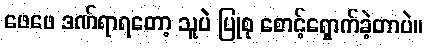
ဖေဖေ ဒဏ်ရာရတော့ သူပဲ ပြုစု စောင့်ရှောက်ခဲ့တာပဲ။